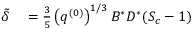
\begin{array} { r l } { \tilde { \delta } } & { { } = \frac { 3 } { 5 } \left( q ^ { ( 0 ) } \right) ^ { 1 / 3 } B ^ { * } D ^ { * } ( S _ { c } - 1 ) } \end{array}